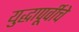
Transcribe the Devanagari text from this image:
युद्धापूर्वीचे